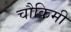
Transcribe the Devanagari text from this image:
चौकिमी